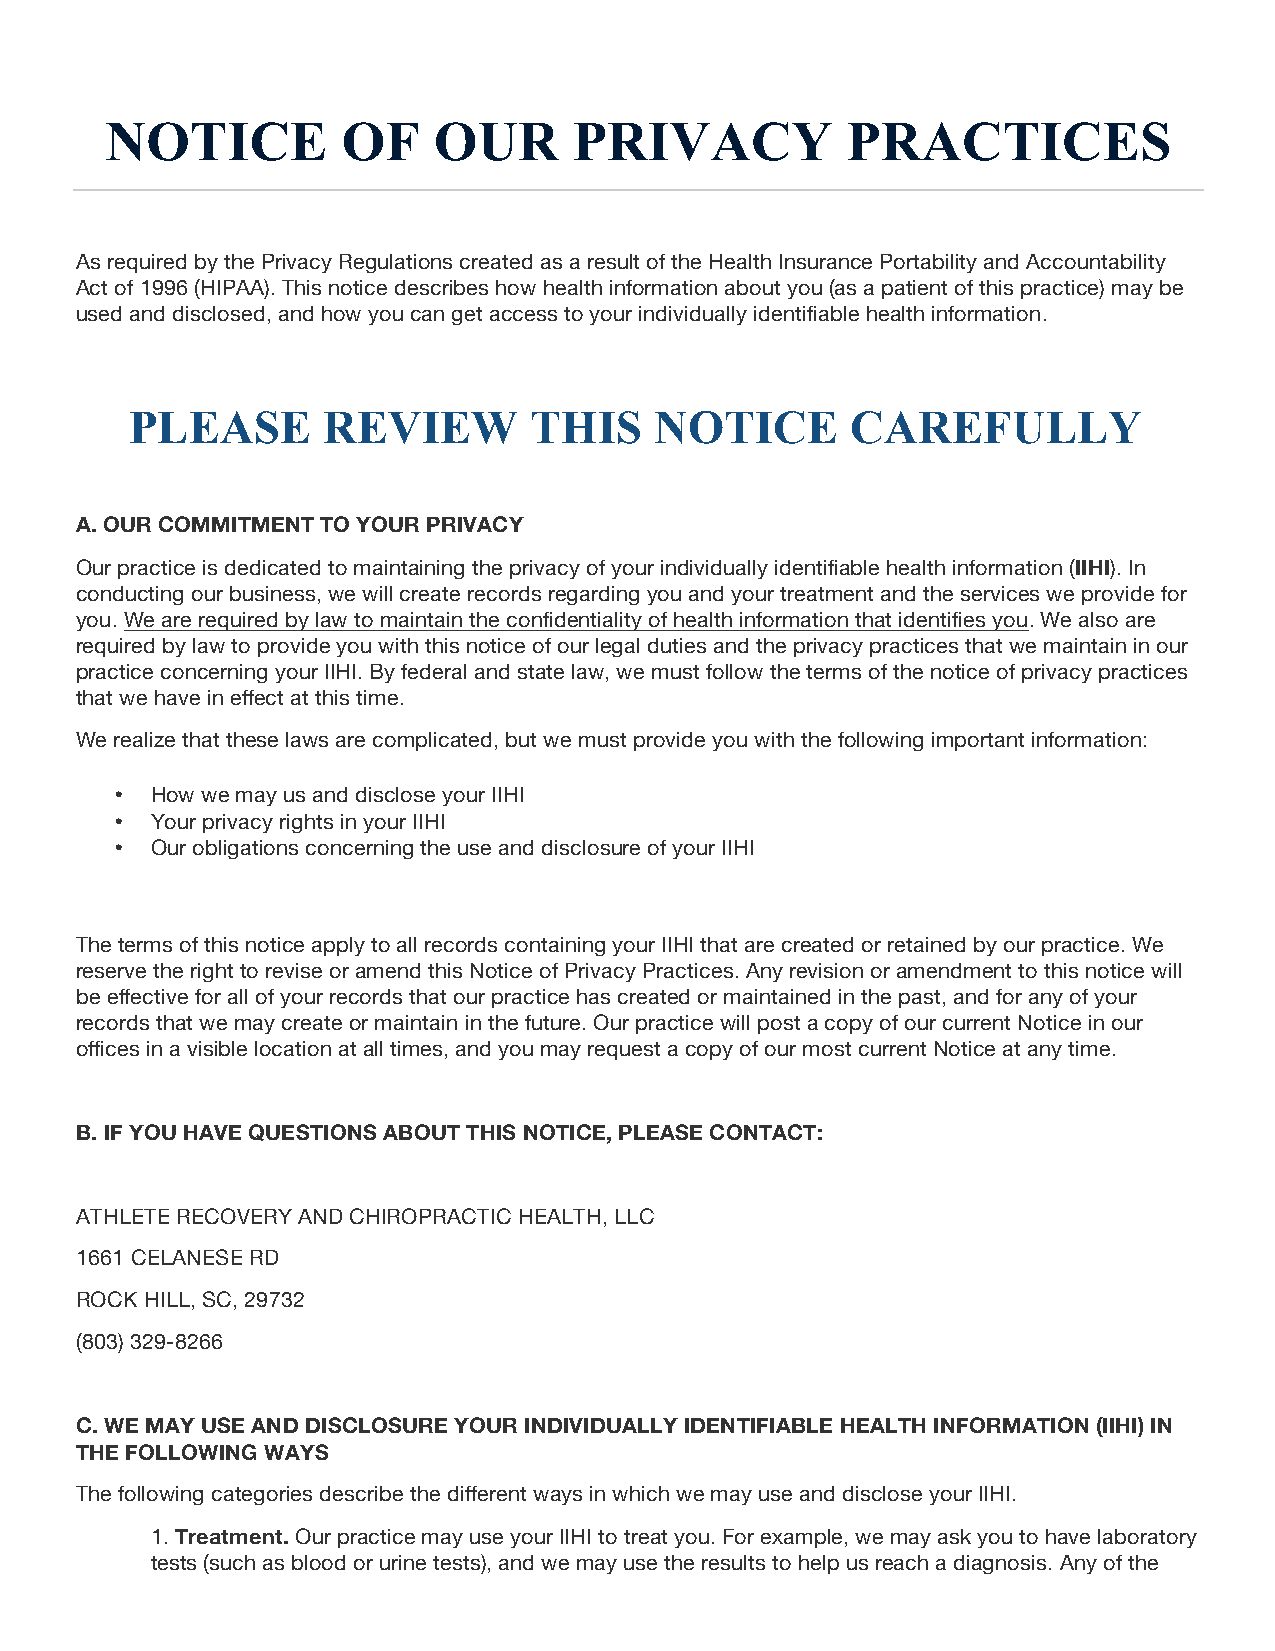
NOTICE          OF    OUR      PRIVACY           PRACTICES
 As required by the Privacy Regulations created as a result of the Health Insurance Portability and Accountability
 Act of 1996 (HIPAA). This notice describes how health information about you (as a patient of this practice) may be
 used and disclosed, and how you can get access to your individually identifiable health information.
 PLEASE      REVIEW        THIS    NOTICE       CAREFULLY
 A. OUR COMMITMENT TO YOUR PRIVACY
 Our practice is dedicated to maintaining the privacy of your individually identifiable health information (IIHI). In
 conducting our business, we will create records regarding you and your treatment and the services we provide for
 you. We are required by law to maintain the confidentiality of health information that identifies you. We also are
 required by law to provide you with this notice of our legal duties and the privacy practices that we maintain in our
 practice concerning your IIHI. By federal and state law, we must follow the terms of the notice of privacy practices
 that we have in effect at this time.
 We realize that these laws are complicated, but we must provide you with the following important information:
 • How we may us and disclose your IIHI
 • Your privacy rights in your IIHI
 • Our obligations concerning the use and disclosure of your IIHI
 The terms of this notice apply to all records containing your IIHI that are created or retained by our practice. We
 reserve the right to revise or amend this Notice of Privacy Practices. Any revision or amendment to this notice will
 be effective for all of your records that our practice has created or maintained in the past, and for any of your
 records that we may create or maintain in the future. Our practice will post a copy of our current Notice in our
 offices in a visible location at all times, and you may request a copy of our most current Notice at any time.
 B. IF YOU HAVE QUESTIONS ABOUT THIS NOTICE, PLEASE CONTACT:
 ATHLETE RECOVERY AND CHIROPRACTIC HEALTH, LLC
 1661 CELANESE RD
 ROCK HILL, SC, 29732
 (803) 329-8266
 C. WE MAY USE AND DISCLOSURE YOUR INDIVIDUALLY IDENTIFIABLE HEALTH INFORMATION (IIHI) IN
 THE FOLLOWING WAYS
 The following categories describe the different ways in which we may use and disclose your IIHI.
 1. Treatment. Our practice may use your IIHI to treat you. For example, we may ask you to have laboratory
 tests (such as blood or urine tests), and we may use the results to help us reach a diagnosis. Any of the